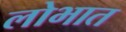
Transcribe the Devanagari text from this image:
लोभात